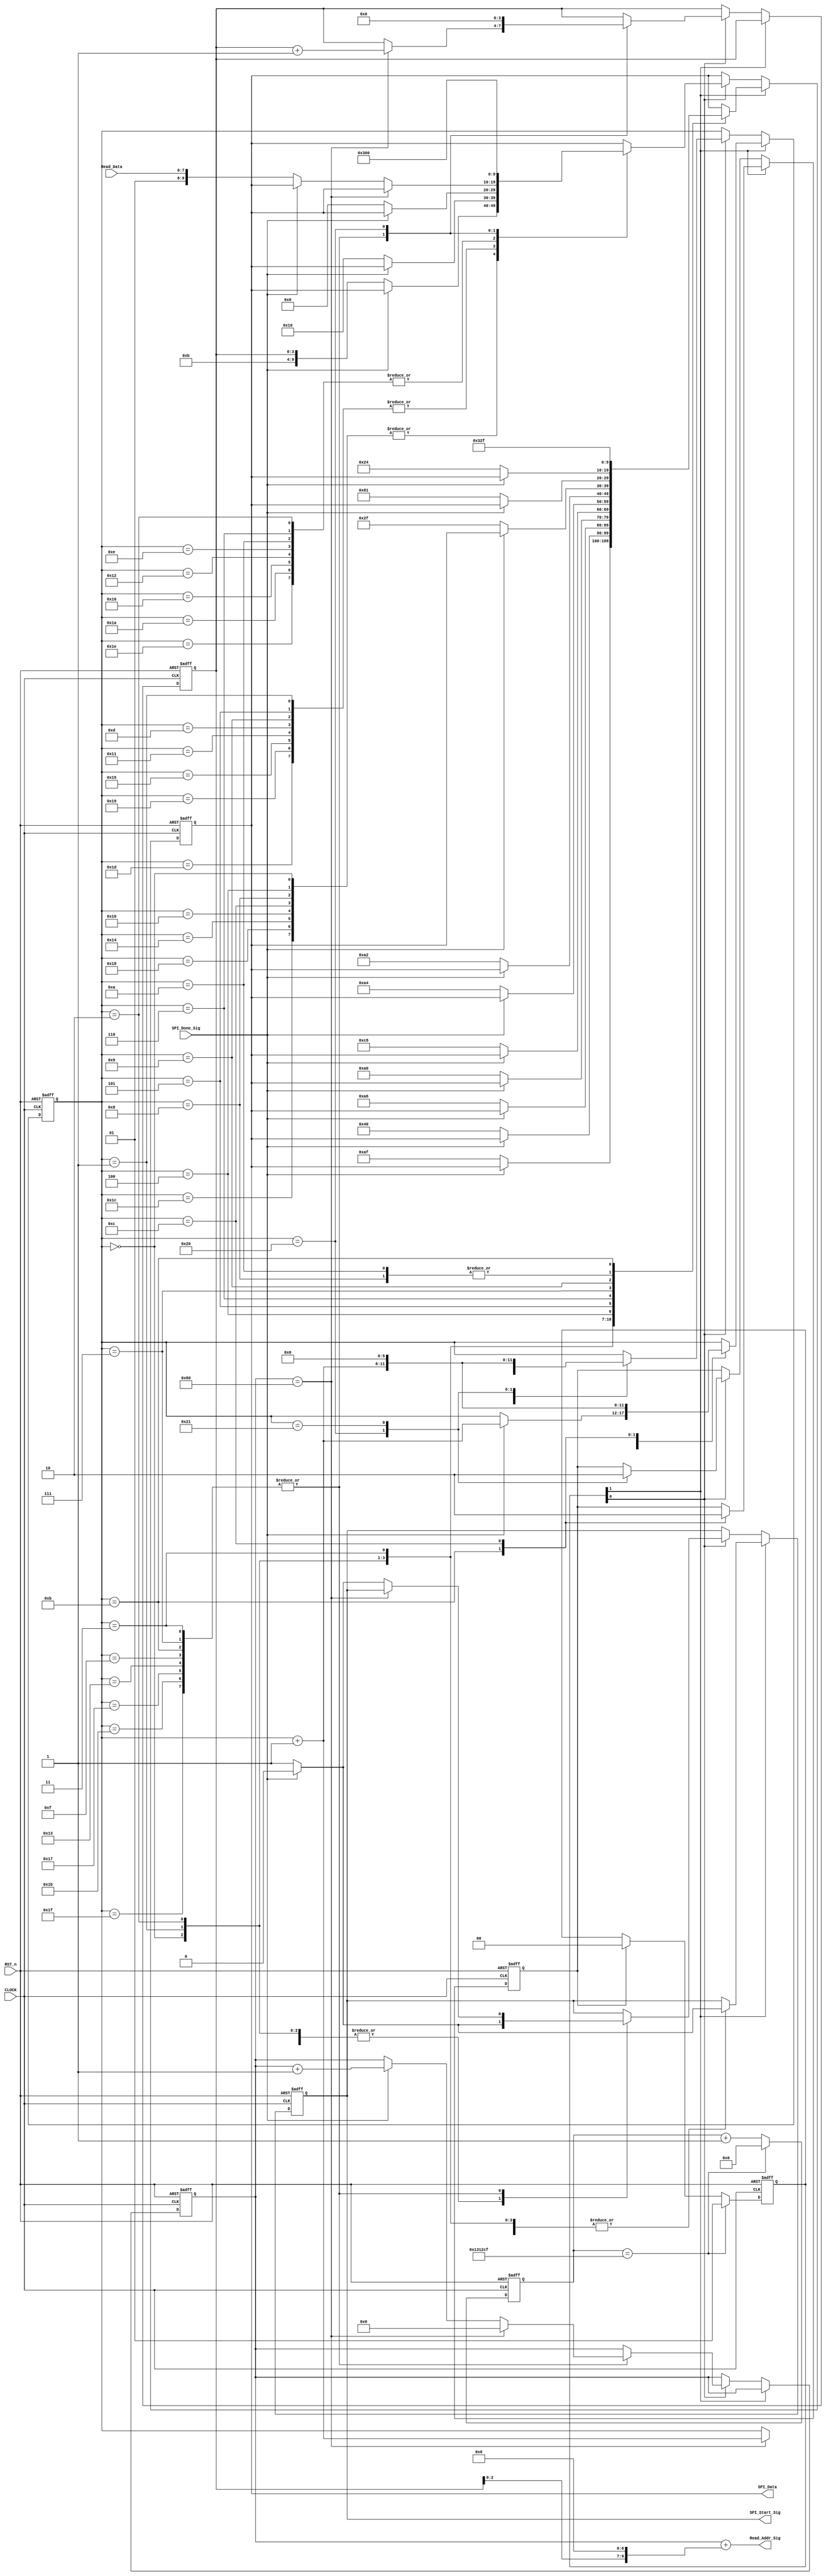
module lcd_control_module
(
    input CLOCK,
	 input RST_n,
	 
	 input [7:0]Read_Data,
	 output [9:0]Read_Addr_Sig,
	 
	 input SPI_Done_Sig,
	 output SPI_Start_Sig,
	 output [9:0]SPI_Data
);

	 /************************/
	 
	 parameter T25MS = 21'd1_249_999; // 40Hz 50M*0.025-1=1_249_999
	 
	 /************************/
	 
	 reg [20:0]C1;
	 
	 always @ ( posedge CLOCK or negedge RST_n )
	     if( !RST_n )
		      C1 <= 21'd0;
		  else if( C1 == T25MS )
		      C1 <= 21'd0;
		  else
		      C1 <= C1 + 1'b1;
				
	 /************************/
	 
	 reg [1:0]isStart;
	 
	 always @ ( posedge CLOCK or negedge RST_n )
	     if( !RST_n )
		      isStart <= 2'b10;
		  else if( C1 == T25MS )
		      isStart <= 2'b01;
		  else if( isDone )
		      isStart <= 2'b00;
	 
	 /*************************/
	 
	 reg [5:0]i;
	 reg [9:0]rData;
	 reg [7:0]x;
	 reg [3:0]y;
	 reg isSPI_Start;
	 reg isDone;
	 
	 always @ ( posedge CLOCK or negedge RST_n )
        if( !RST_n )
		      begin
		          i <= 6'd0;
				    rData <= { 2'b11, 8'h2f };
					 x <= 8'd0;
					 y <= 4'd0;
					 isSPI_Start <= 1'b0;
					 isDone <= 1'b0;
				end	 
		  else if( isStart[1] ) // Initial Function
		      case( i )
				
                0: 
					 if( SPI_Done_Sig ) begin isSPI_Start <= 1'b0; i <= i + 1'b1; end
					 else begin rData <= { 2'b00, 8'haf }; isSPI_Start <= 1'b1; end
					 
					 1:
					 if( SPI_Done_Sig ) begin isSPI_Start <= 1'b0; i <= i + 1'b1; end
					 else begin rData <= { 2'b00, 8'h40 }; isSPI_Start <= 1'b1; end
					 
					 2:
					 if( SPI_Done_Sig ) begin isSPI_Start <= 1'b0; i <= i + 1'b1; end
					 else begin rData <= { 2'b00, 8'ha6 }; isSPI_Start <= 1'b1; end
					 
					 3:
					 if( SPI_Done_Sig ) begin isSPI_Start <= 1'b0; i <= i + 1'b1; end
					 else begin rData <= { 2'b00, 8'ha0 }; isSPI_Start <= 1'b1; end
					 
					 4: 
					 if( SPI_Done_Sig ) begin isSPI_Start <= 1'b0; i <= i + 1'b1; end
					 else begin rData <= { 2'b00, 8'hc8 }; isSPI_Start <= 1'b1; end
					 
					 5:
					 if( SPI_Done_Sig ) begin isSPI_Start <= 1'b0; i <= i + 1'b1; end
					 else begin rData <= { 2'b00, 8'ha4 }; isSPI_Start <= 1'b1; end
					 
					 6:
					 if( SPI_Done_Sig ) begin isSPI_Start <= 1'b0; i <= i + 1'b1; end
					 else begin rData <= { 2'b00, 8'ha2 }; isSPI_Start <= 1'b1; end
					 
					 7:
					 if( SPI_Done_Sig ) begin isSPI_Start <= 1'b0; i <= i + 1'b1; end
					 else begin rData <= { 2'b00, 8'h2f }; isSPI_Start <= 1'b1; end
					 
					 8:
					 if( SPI_Done_Sig ) begin isSPI_Start <= 1'b0; i <= i + 1'b1; end
					 else begin rData <= { 2'b00, 8'h24 }; isSPI_Start <= 1'b1; end
					 
					 9:
					 if( SPI_Done_Sig ) begin isSPI_Start <= 1'b0; i <= i + 1'b1; end
					 else begin rData <= { 2'b00, 8'h81 }; isSPI_Start <= 1'b1; end
					 
					 10:
					 if( SPI_Done_Sig ) begin isSPI_Start <= 1'b0; i <= i + 1'b1; end
					 else begin rData <= { 2'b00, 8'h24 }; isSPI_Start <= 1'b1; end
					 
					 11:
					 begin rData <= { 2'b11, 8'h2f }; isDone <= 1'b1; i <= i + 1'b1; end
					 
					 12:
					 begin isDone <= 1'b0; i <= 6'd0; end 
		
				endcase
			else if( isStart[0] ) // Draw Function
			    case( i )
				    
					 // Setting Y address ( row of lcd )
				    0, 4, 8, 12, 16, 20, 24, 28:
					 if( SPI_Done_Sig ) begin isSPI_Start <= 1'b0; i <= i + 1'b1; end
					 else begin rData <= { 2'b00, 4'hb, y }; isSPI_Start <= 1'b1; end

					 // Setting X address ( column for each row ) [7..4]
					 1, 5, 9, 13, 17, 21, 25, 29:
					 if( SPI_Done_Sig ) begin isSPI_Start <= 1'b0; i <= i + 1'b1; end
					 else begin rData <= { 2'b00, 4'h1, 4'h0 }; isSPI_Start <= 1'b1; end
					 
					 // Setting X address ( column for each row ) [3..0]
					 2, 6, 10, 14, 18, 22, 26, 30:
					 if( SPI_Done_Sig ) begin isSPI_Start <= 1'b0; i <= i + 1'b1; end
					 else begin rData <= { 2'b00, 4'h0, 4'h0 }; isSPI_Start <= 1'b1; end
					 
					 // Column filling 128 times
					 3, 7, 11, 15, 19, 23, 27, 31:
					 if( x == 8'd128 ) begin y <= y + 1'b1; x <= 8'd0; i <= i + 1'b1; end
                else if( SPI_Done_Sig ) begin isSPI_Start <= 1'b0; x <= x + 1'b1; end
					 else begin rData <= { 2'b01, Read_Data }; isSPI_Start <= 1'b1; end
					 
                32:
                begin rData <= { 2'b11, 8'd0 }; y <= 4'd0; isDone <= 1'b1; i <= i + 1'b1; end			
			
                33:
			       begin isDone <= 1'b0; i <= 6'd0; end		 
					
				 endcase	
	/***********************************/
	 
	 assign Read_Addr_Sig = x + (y << 7);
	  
	 assign SPI_Start_Sig = isSPI_Start;
	 assign SPI_Data = rData;
	
	 /*************************************/
	 
endmodule